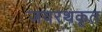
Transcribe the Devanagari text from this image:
जयरथकृत